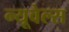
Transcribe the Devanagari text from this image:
न्यूवेल्स